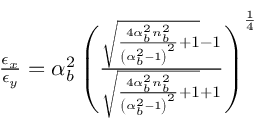
\begin{array} { r } { \frac { \epsilon _ { x } } { \epsilon _ { y } } = \alpha _ { b } ^ { 2 } \left( \frac { \sqrt { \frac { 4 \alpha _ { b } ^ { 2 } n _ { b } ^ { 2 } } { \left( \alpha _ { b } ^ { 2 } - 1 \right) ^ { 2 } } + 1 } - 1 } { \sqrt { \frac { 4 \alpha _ { b } ^ { 2 } n _ { b } ^ { 2 } } { \left( \alpha _ { b } ^ { 2 } - 1 \right) ^ { 2 } } + 1 } + 1 } \right) ^ { \frac { 1 } { 4 } } } \end{array}